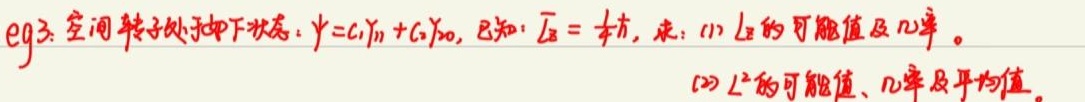
eg3. 空间转子处于如下状态：$\psi = c_1Y_{11}+c_2Y_{00}$，已知：$\overline{L_z}=\frac{1}{4}\hbar$，求：
(1) $L_z$ 的可能值及几率。
(2) $L^{2}$ 的可能值、几率及平均值。